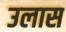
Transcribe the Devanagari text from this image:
उलास